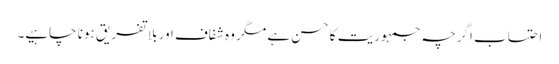
احتساب اگرچہ جمہوریت کا حسن ہے مگر وہ شفاف اور بلا تفریق ہونا چاہیے۔